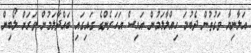
އަލާނިޔާ ވަގުތުން ދެބުމަ ހިއްލާލަމުން އައިސް އަހަރެންގެ ގައިގައި ބައްދާލަމުން ވަރަށް ލޯބިން